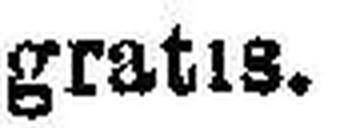
gratis.